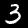
Digit: 3